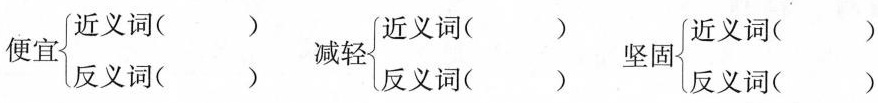
便宜\begin {cases}近义词()\\反义词()\end {cases} 减轻\begin {cases}近义词()\\反义词()\end {cases} 坚固\begin {cases}近义词()\\反义词()\end {cases}